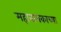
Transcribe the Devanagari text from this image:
महानायकाच्या